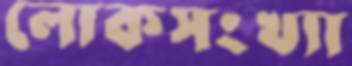
লোকসংখ্যা